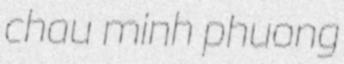
chau minh phuong